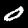
Label: 0